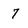
Character: 7